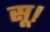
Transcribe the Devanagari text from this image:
सू।